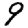
Digit: 9